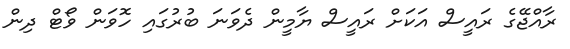
ރާއްޖޭގެ ރައީސް އަކަށް ރައީސް ޔާމީން ދެވަނަ ބުރުގައި ހޮވަން ވޯޓް ދިން